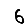
Digit: 6